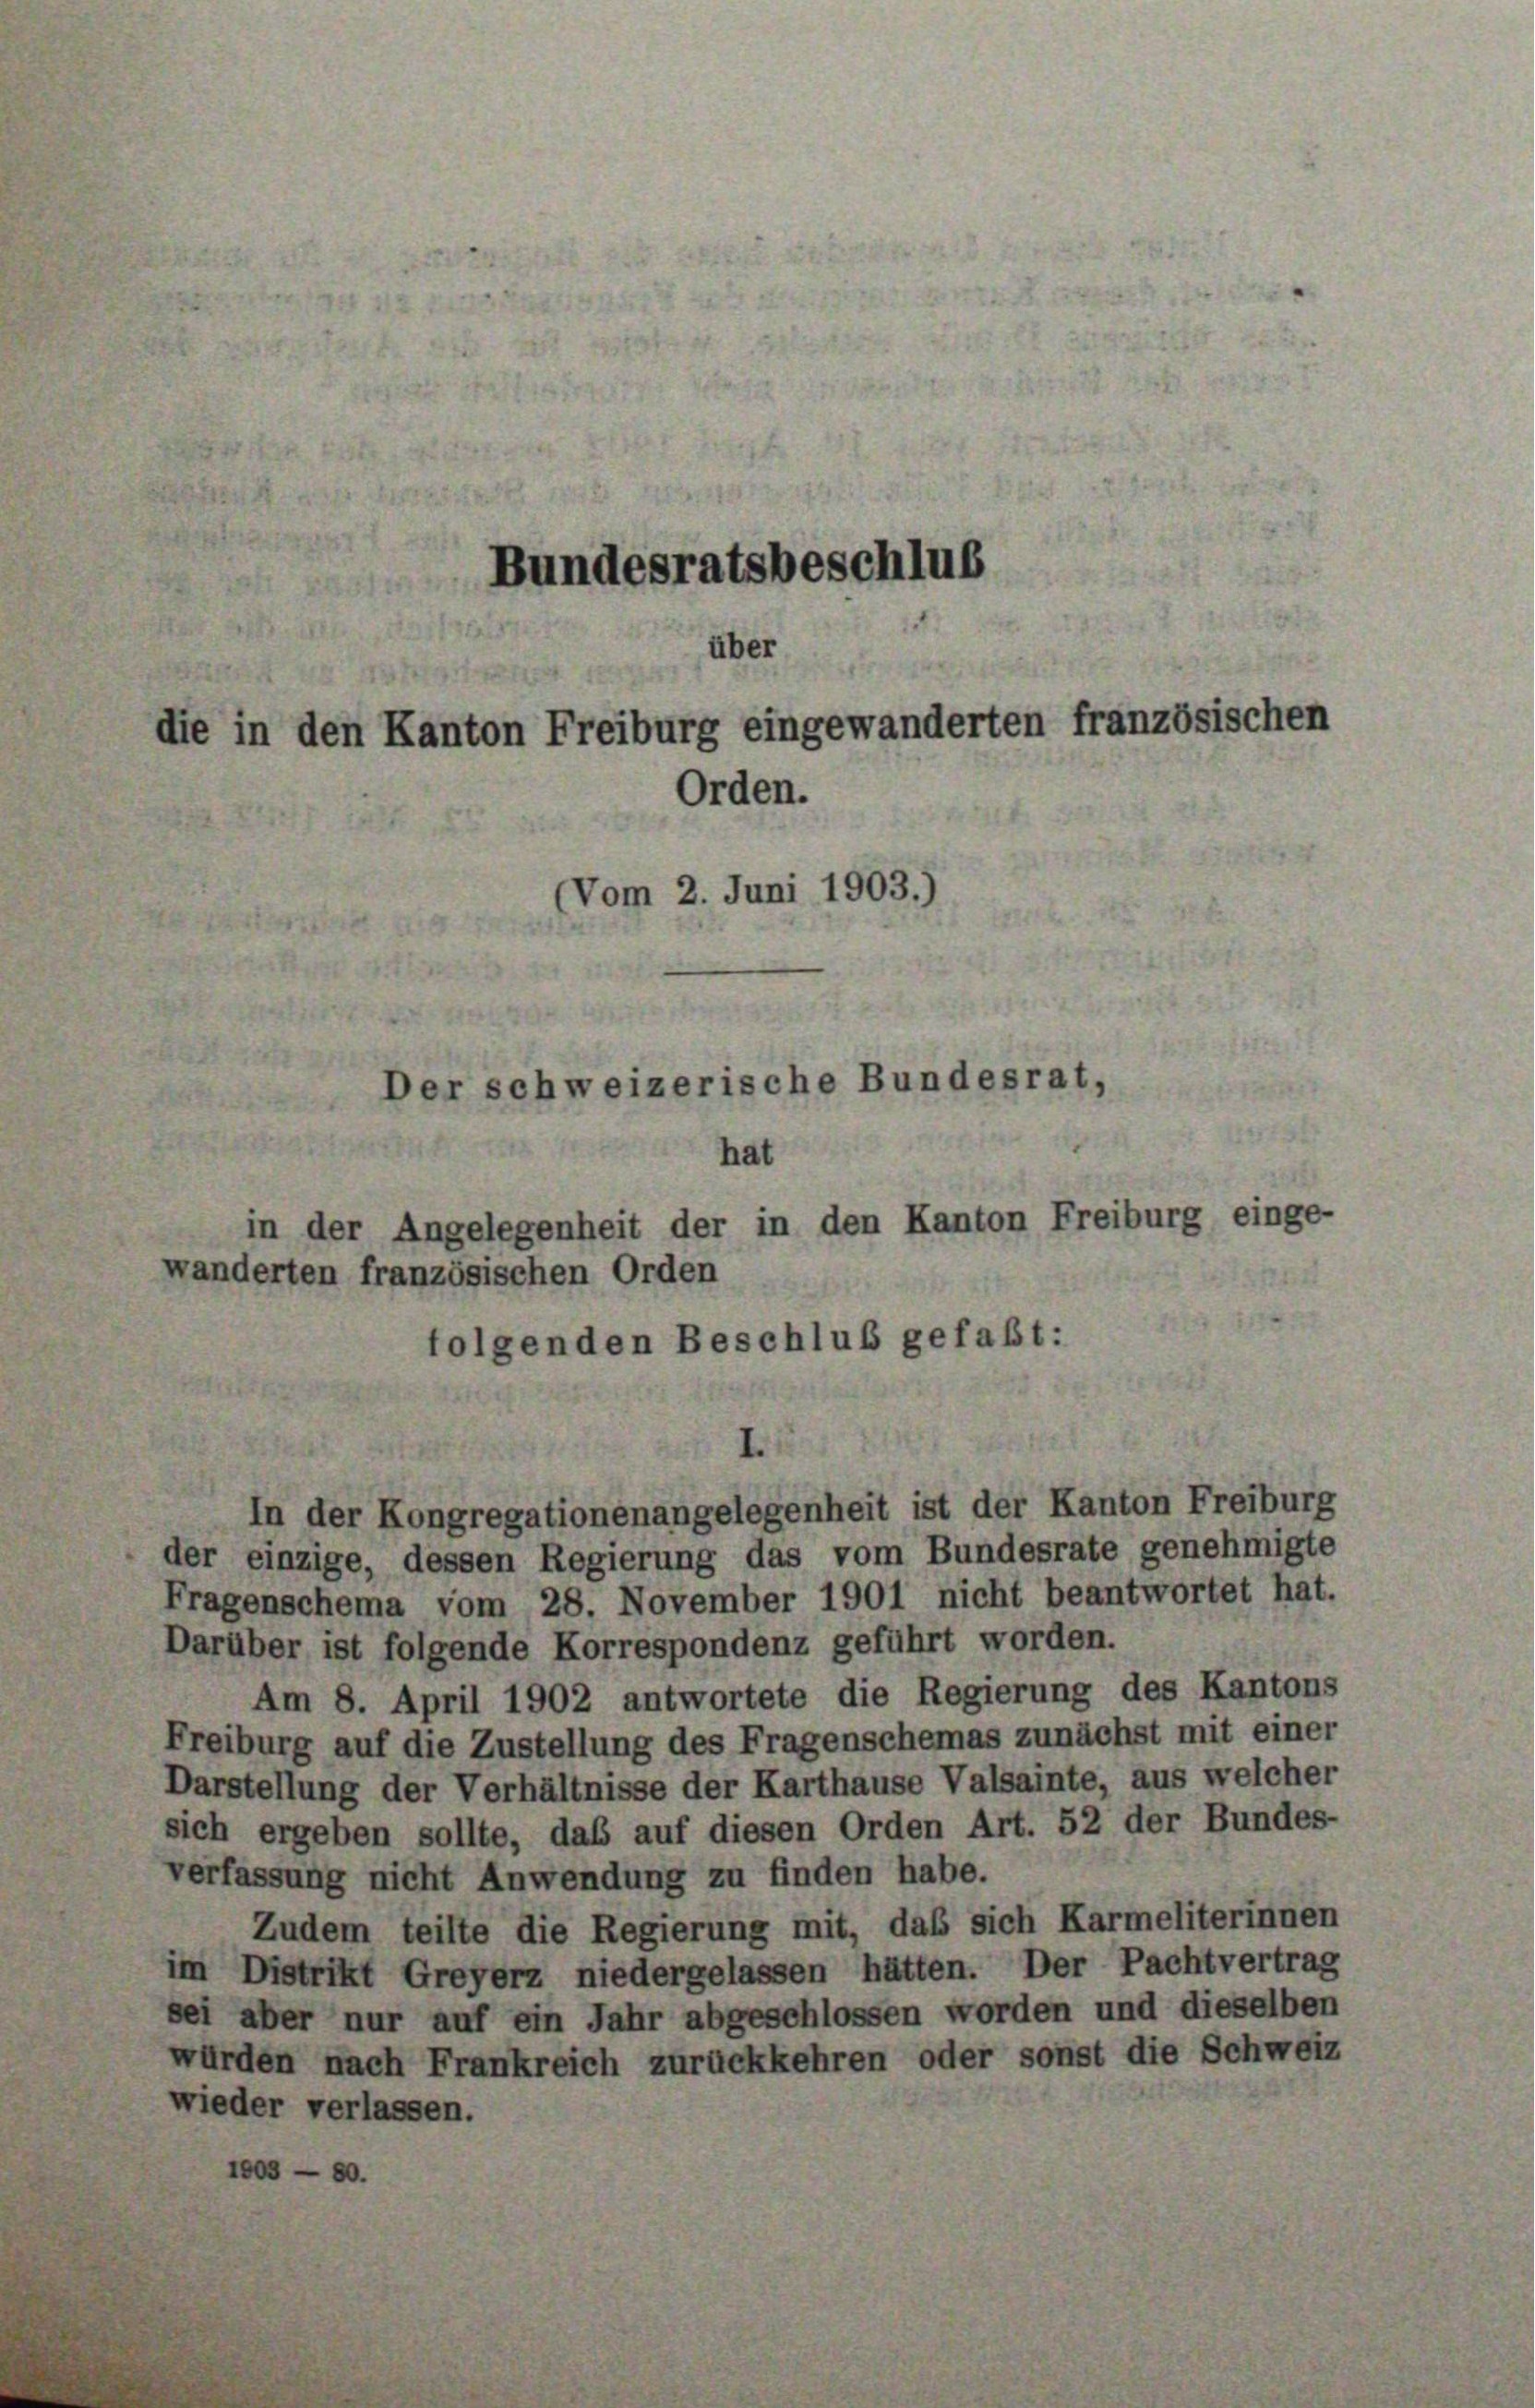
Bundesratsbeschlus
über
die in den Kanton Freiburg eingewanderten französischen
Orden.
Vom 2. Juni 1903.)
Der schweizerische Bundesrat,
hat
in der Angelegenheit der in den Kanton Freiburg einge-
wanderten französischen Orden

folgenden Beschluß gefaßt:

In der Kongregationenangelegenheit ist der Kanton Freiburg
der einzige, dessen Regierung das vom Bundesrate genehmigte
Fragenschema vom 28. November 1901 nicht beantwortet hat.
Darüber ist folgende Korrespondenz geführt worden.
Am 8. April 1902 antwortete die Regierung des Kantons
Freiburg auf die Zustellung des Fragenschemas zunächst mit einer
Darstellung der Verhältnisse der Karthause Valsainte, aus welcher
sich ergeben sollte, das auf diesen Orden Art. 52 der Bundes-
verfassung nicht Anwendung zu finden habe.
Zudem teilte die Regierung mit, das sich Karmeliterinnen
im Distrikt Greyerz niedergelassen hätten. Der Pachtvertrag
sei aber nur auf ein Jahr abgeschlossen worden und dieselben
würden nach Frankreich zurückkehren oder sonst die Schweiz
wieder verlassen.